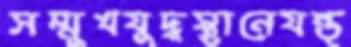
সম্মুখযুদ্ধস্থানেযন্ত্